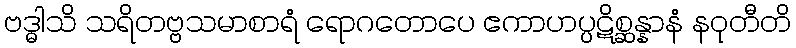
ဗဒ္ဓါသိ သရိတဗ္ဗသမာစာရံ ရောဂတောပေ ဧကာဟပ္ပဋိစ္ဆန္နာနံ နဝုတီတိ